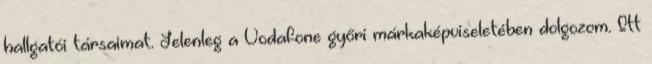
hallgatói társaimat. Jelenleg a Vodafone győri márkaképviseletében dolgozom. Itt